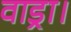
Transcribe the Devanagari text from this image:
वाड्रा।